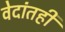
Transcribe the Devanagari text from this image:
वेदांतही